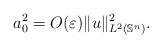
LaTeX: \begin{align*}a_0^2=O(\varepsilon)\|u\|_{L^2(\mathbb{S}^n)}^2. \end{align*}